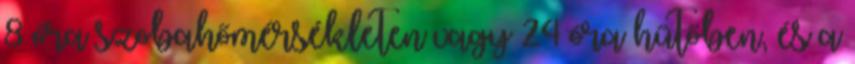
8 óra szobahőmérsékleten vagy 24 óra hűtőben, és a